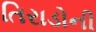
તિરાડોની